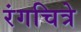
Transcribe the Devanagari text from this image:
रंगचित्रे